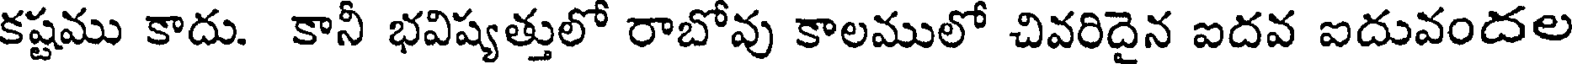
కష్టము కాదు. కానీ భవిష్యత్తులో రాబోవు కాలములో చివరిదైన ఐదవ ఐదువందల